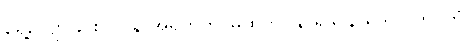
ရွေ့လျောခြင်းငှာ။ န အရဟတိ၊ မထိုက်။ နာရဒ၊ နာရဒ။ ဂဟပတံ၊